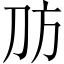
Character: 𪟀